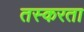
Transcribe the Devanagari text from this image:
तस्करता